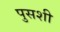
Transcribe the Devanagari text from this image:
पुसशी